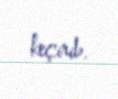
keçirib.